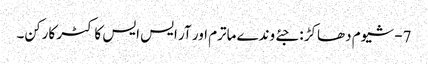
7- شیوم دھاکڑ : جئے وندے ماترم اور آر ایس ایس کا کٹر کارکن۔